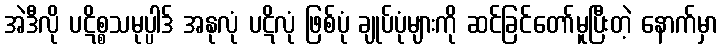
အဲဒီလို ပဋိစ္စသမုပ္ပါဒ် အနုလုံ ပဋိလုံ ဖြစ်ပုံ ချုပ်ပုံများကို ဆင်ခြင်တော်မူပြီးတဲ့ နောက်မှာ